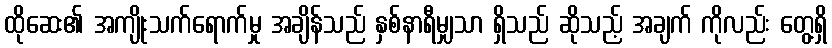
ထိုဆေး၏ အကျိုးသက်ရောက်မှု အချိန်သည် နှစ်နာရီမျှသာ ရှိသည် ဆိုသည့် အချက် ကိုလည်း တွေ့ရှိ